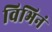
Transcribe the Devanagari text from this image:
विभिनं